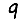
Digit: 9